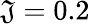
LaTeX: \mathfrak{J}=0.2